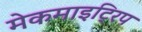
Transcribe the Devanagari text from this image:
मेकमाइट्रिप